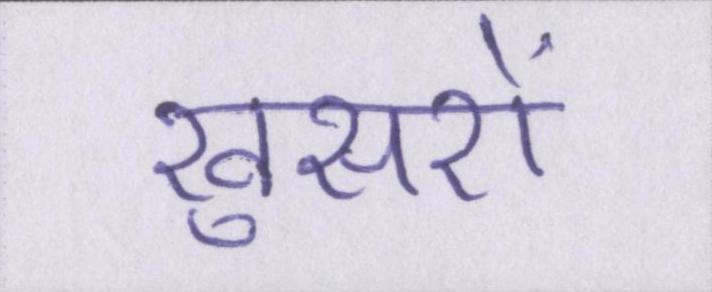
खुसरों